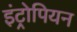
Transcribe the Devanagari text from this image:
इंट्रोपियन